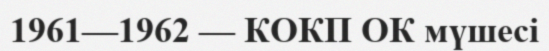
1961—1962 — КОКП ОК мүшесі